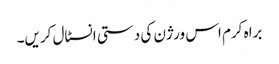
براہ کرم اس ورژن کی دستی انسٹال کریں۔